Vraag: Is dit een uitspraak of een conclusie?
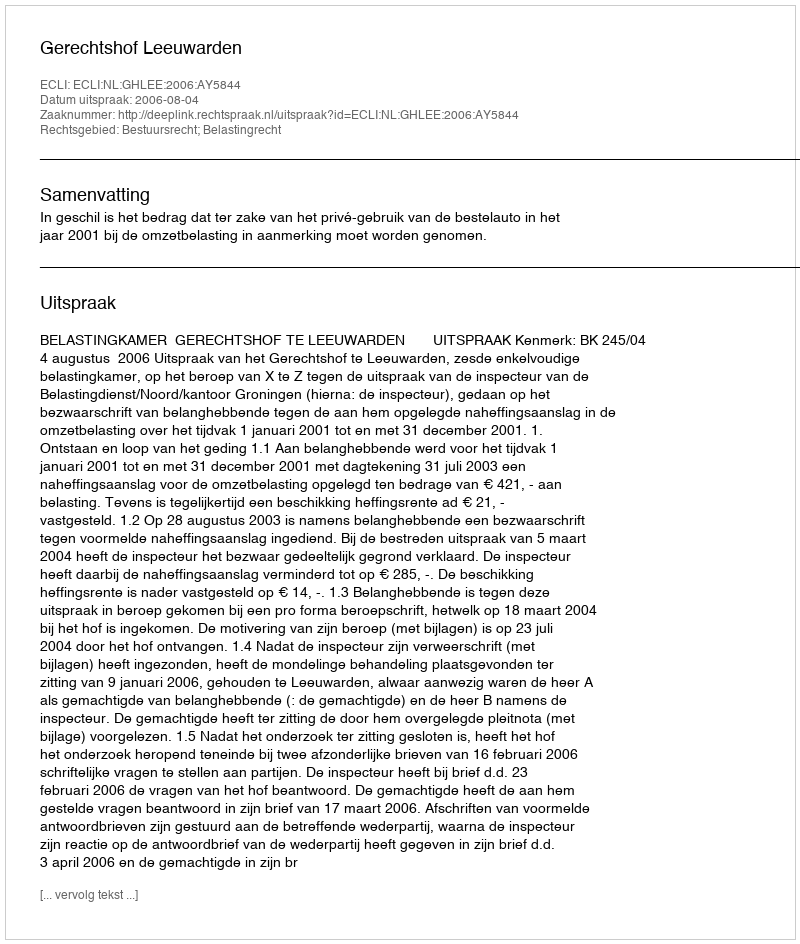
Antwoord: Uitspraak